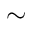
\sim